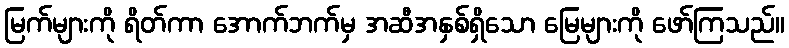
မြက်များကို ရိတ်ကာ အောက်ဘက်မှ အဆီအနှစ်ရှိသော မြေများကို ဖော်ကြသည်။